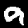
Digit: 9